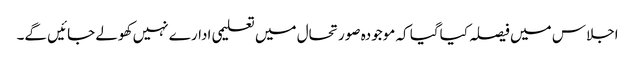
اجلاس میں فیصلہ کیاگیا کہ موجودہ صورتحال میں تعلیمی ادارے نہیں کھولے جائیں گے۔